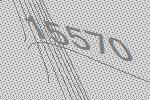
15570